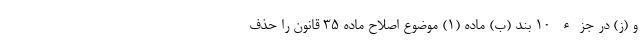
و (ز) در جزء ۱۰ بند (ب) ماده (۱) موضوع اصلاح ماده ۳۵ قانون را حذف